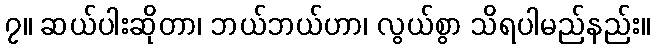
၇။ ဆယ်ပါးဆိုတာ၊ ဘယ်ဘယ်ဟာ၊ လွယ်စွာ သိရပါမည်နည်း။